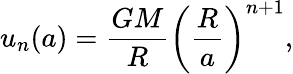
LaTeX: u_{n}(a)=\frac{GM}{R}\left(\frac{R}{a}\right)^{n+1},